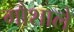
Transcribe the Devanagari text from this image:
गौशाले